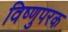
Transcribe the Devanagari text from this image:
विष्णुपरक